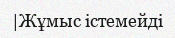
|Жұмыс істемейді